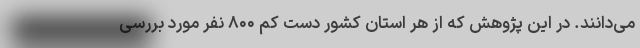
می‌دانند. در این پژوهش که از هر استان کشور دست کم ۸۰۰ نفر مورد بررسی